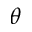
\theta